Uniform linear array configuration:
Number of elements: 64
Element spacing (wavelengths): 0.5
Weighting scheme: blackman
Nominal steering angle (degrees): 45
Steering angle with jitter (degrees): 45.886
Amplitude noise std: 0.05
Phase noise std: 0.05

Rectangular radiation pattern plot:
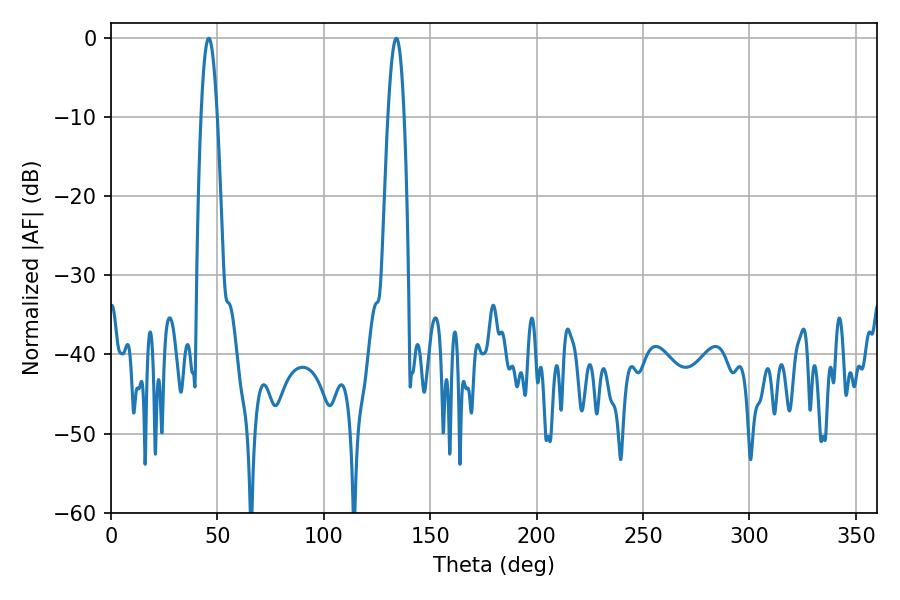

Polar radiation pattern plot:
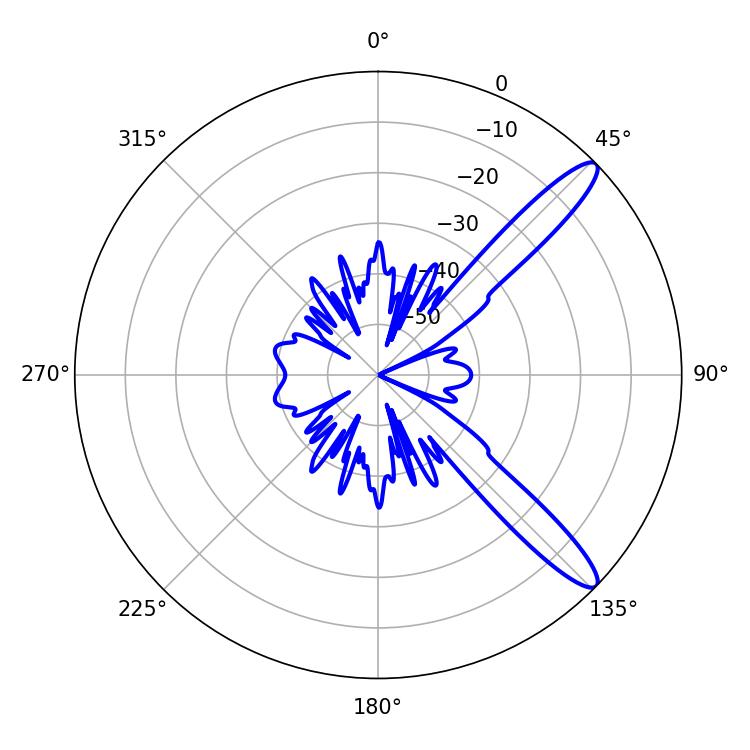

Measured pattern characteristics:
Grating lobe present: FALSE
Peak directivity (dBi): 12.433
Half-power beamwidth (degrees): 4.14
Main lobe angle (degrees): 45.9